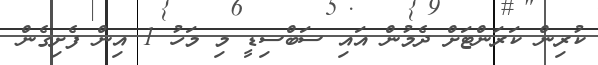
ކުރިން ކަރަންޓަށް ދެމުން އައި ސަބްސިޑީ މި މަހު 1 އިން ފެށިގެން